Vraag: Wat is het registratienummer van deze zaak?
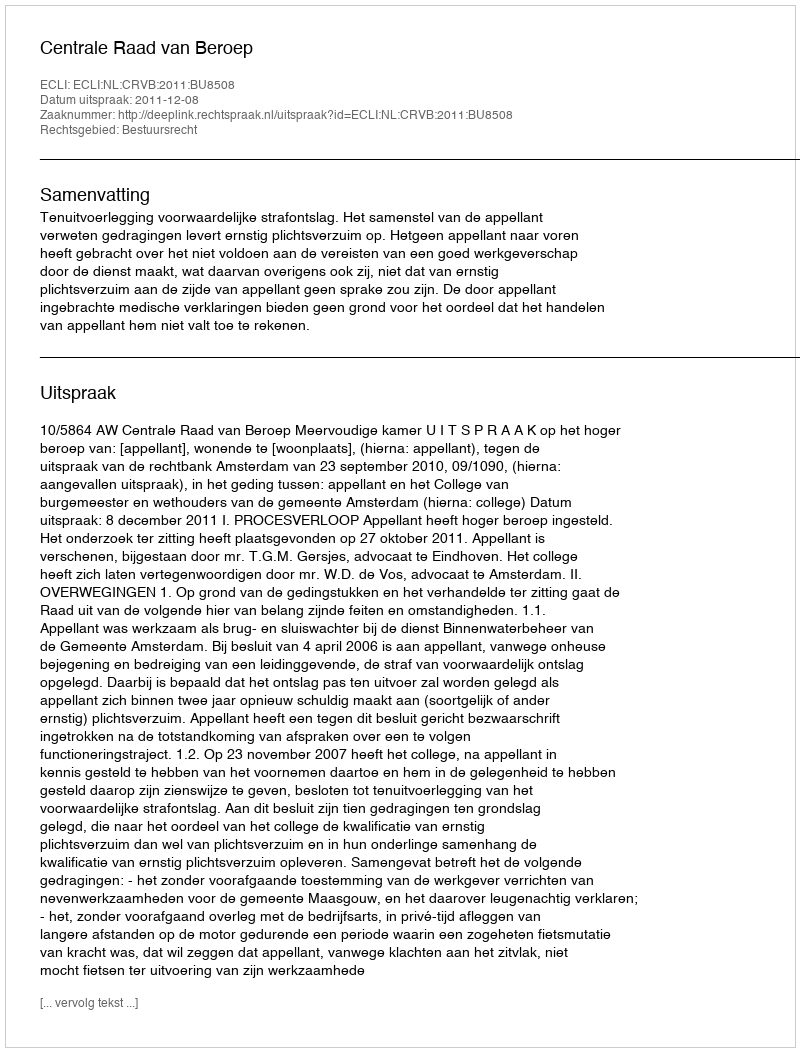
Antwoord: http://deeplink.rechtspraak.nl/uitspraak?id=ECLI:NL:CRVB:2011:BU8508